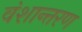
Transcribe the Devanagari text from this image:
वंशान्तरण